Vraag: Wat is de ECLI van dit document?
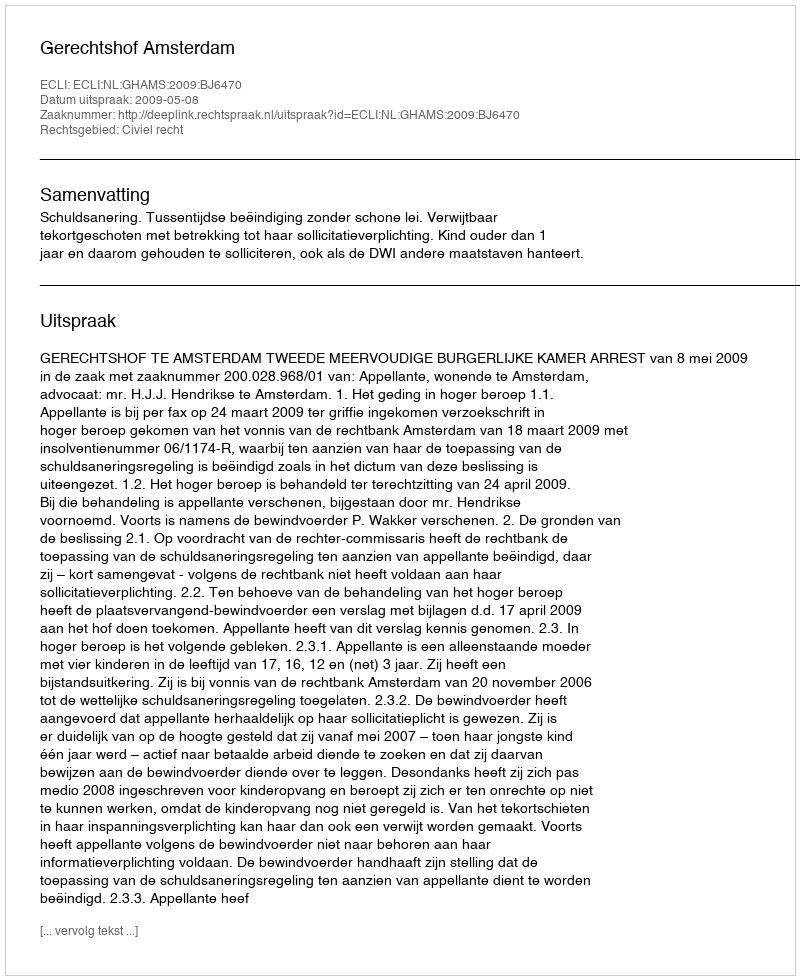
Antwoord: ECLI:NL:GHAMS:2009:BJ6470